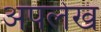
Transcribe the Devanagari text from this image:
अपलेख